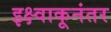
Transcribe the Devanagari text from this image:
इक्ष्वाकूनंतर